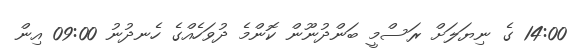
14:00 ގެ ނިޔަލަށް ރަސްމީ ބަންދުނޫން ކޮންމެ ދުވަހެއްގެ ހެނދުނު 09:00 އިން